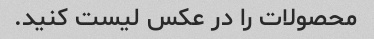
محصولات را در عکس لیست کنید.